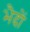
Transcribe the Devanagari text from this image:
भैदों